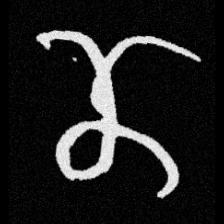
Pyu character \u2014 Myanmar letter: ဏ (romanized: nna)